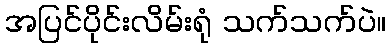
အပြင်ပိုင်းလိမ်းရုံ သက်သက်ပဲ။